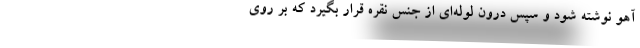
آهو نوشته شود و سپس درون لوله‌ای از جنس نقره قرار بگیرد که بر روی